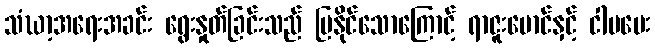
သံဃာ့အရေးအခင်း ရွေးနှုတ်ခြင်းသည် ပြနိုင်သောကြောင့် ရာဇူးမောင်နှင့် ငါမပေး